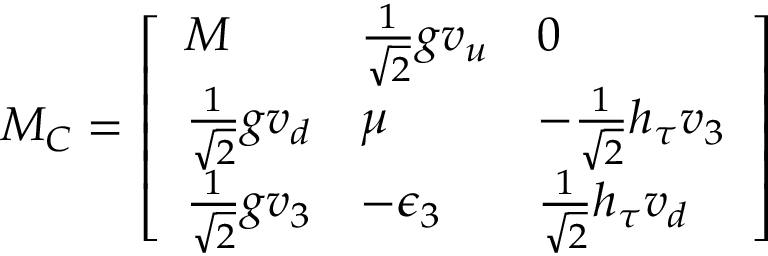
{ M _ { C } } = \left[ \begin{array} { l l l } { { M } } & { { { \textstyle { \frac { 1 } { \sqrt { 2 } } } } g v _ { u } } } & { { 0 } } \\ { { { \textstyle { \frac { 1 } { \sqrt { 2 } } } } g v _ { d } } } & { { \mu } } & { { - { \textstyle { \frac { 1 } { \sqrt { 2 } } } } h _ { \tau } v _ { 3 } } } \\ { { { \textstyle { \frac { 1 } { \sqrt { 2 } } } } g v _ { 3 } } } & { { - \epsilon _ { 3 } } } & { { { \textstyle { \frac { 1 } { \sqrt { 2 } } } } h _ { \tau } v _ { d } } } \end{array} \right]